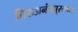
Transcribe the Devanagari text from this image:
तिरुअनंतपूरमच्या